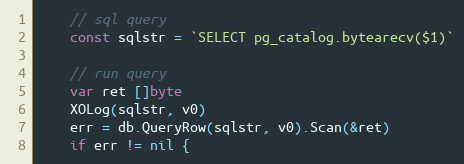
Language: Go
	// sql query
	const sqlstr = `SELECT pg_catalog.bytearecv($1)`

	// run query
	var ret []byte
	XOLog(sqlstr, v0)
	err = db.QueryRow(sqlstr, v0).Scan(&ret)
	if err != nil {